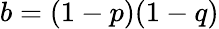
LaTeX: b=(1-p)(1-q)